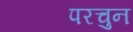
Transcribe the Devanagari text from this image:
परचुन